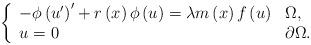
LaTeX: \begin{align*}\left\{\begin{array}[c]{ll}-\phi\left( u^{\prime}\right) ^{\prime}+r\left( x\right) \phi\left(u\right) =\lambda m\left( x\right) f\left( u\right) & \Omega,\\u=0 & \partial\Omega.\end{array}\right. \end{align*}